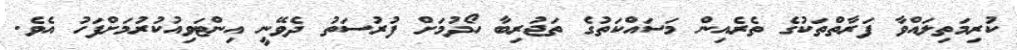
ކުރިމަތިލައްވާ ފަރާތްތަކުގެ ތެރެއިން މަސައްކަތުގެ ތަޖުރިބާ ހޯދުމަށް ފުރުސަތު ދެވޭނީ އިންޓަވިއުކުރުމަށްފަހު އެވެ.